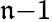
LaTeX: \mathfrak{n}{-}1